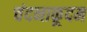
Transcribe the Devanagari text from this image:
चंदनाकूदम